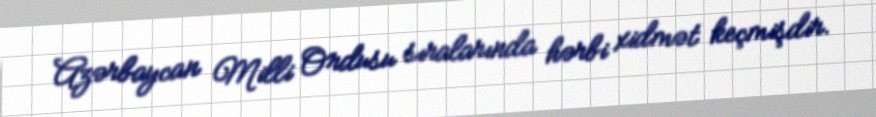
Azərbaycan Milli Ordusu sıralarında hərbi xidmət keçmişdir.